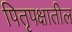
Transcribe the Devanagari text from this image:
पितृपक्षातील